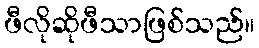
ဖီလိုဆိုဖီသာဖြစ်သည်။